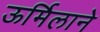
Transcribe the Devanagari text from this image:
ऊर्मिलाने